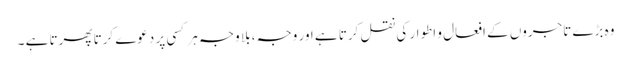
وہ بڑے تاجروں کے افعال و اطوار کی نقل کرتا ہے اور وجہ ، بلا وجہ ہر کسی پر دعوے کرتا پھرتا ہے ۔